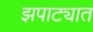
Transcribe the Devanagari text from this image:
झपाट्यात